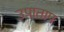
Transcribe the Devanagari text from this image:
उपाताप